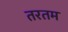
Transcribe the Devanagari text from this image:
तरतम